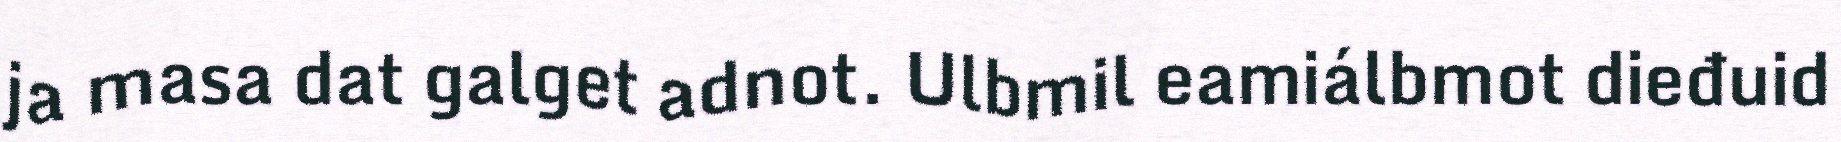
ja masa dat galget adnot. Ulbmil eamiálbmot dieđuid